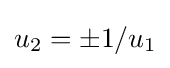
\textstyle u_{2}=\pm 1/u_{1}